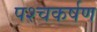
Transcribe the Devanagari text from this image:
पश्चकर्षण